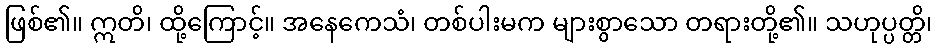
ဖြစ်၏။ ဣတိ၊ ထို့ကြောင့်။ အနေကေသံ၊ တစ်ပါးမက များစွာသော တရားတို့၏။ သဟုပ္ပတ္တိ၊